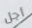
أجل